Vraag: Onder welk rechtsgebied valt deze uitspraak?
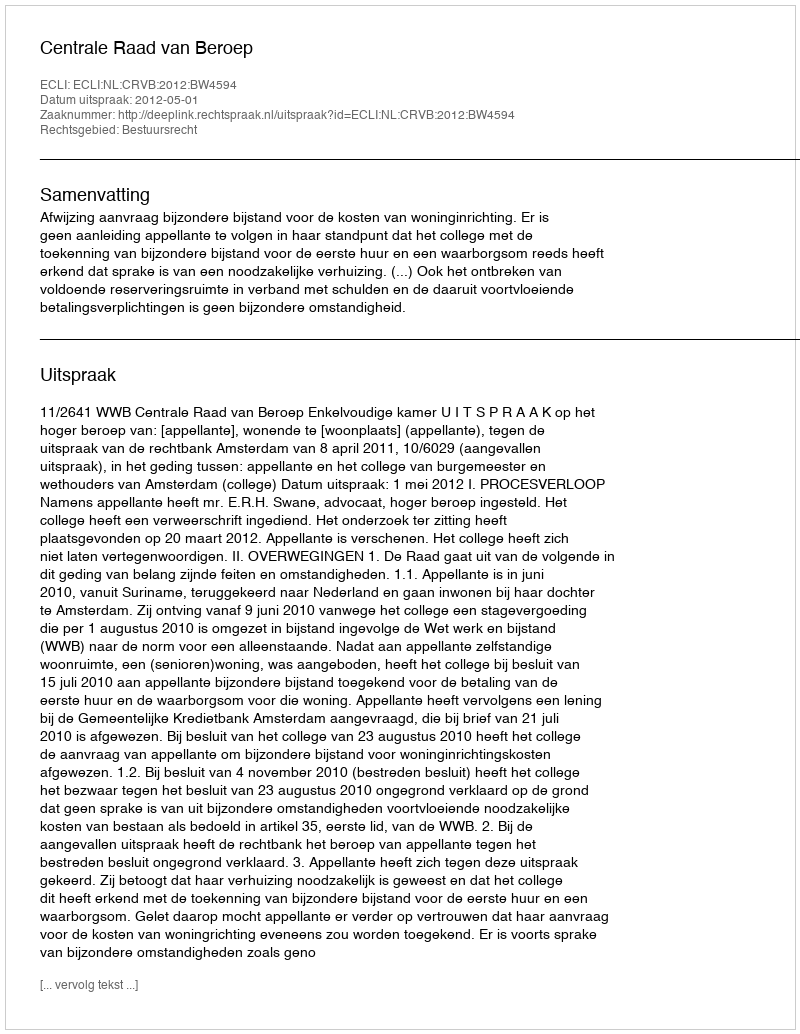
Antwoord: Bestuursrecht